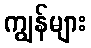
ကျွန်များ